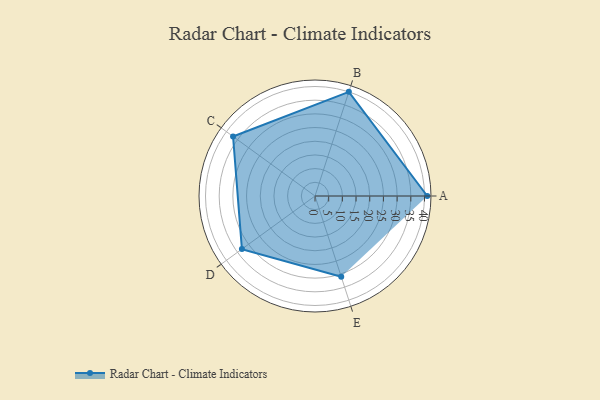
{"axis": {"x": "Skill", "y": "Score"}, "legend": ["Profile"], "data": [{"x": "A", "y": 41.0, "type": "Profile"}, {"x": "B", "y": 40.0, "type": "Profile"}, {"x": "C", "y": 37.0, "type": "Profile"}, {"x": "D", "y": 33.0, "type": "Profile"}, {"x": "E", "y": 31.0, "type": "Profile"}]}